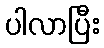
ပါလာပြီး